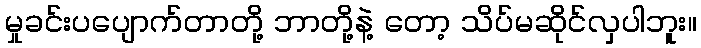
မှုခင်းပပျောက်တာတို့ ဘာတို့နဲ့ တော့ သိပ်မဆိုင်လှပါဘူး။